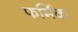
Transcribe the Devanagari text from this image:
फर्मिक